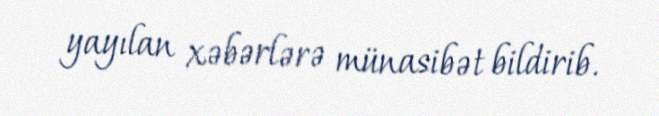
yayılan xəbərlərə münasibət bildirib.